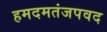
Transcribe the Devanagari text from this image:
हमदमतंजपवद